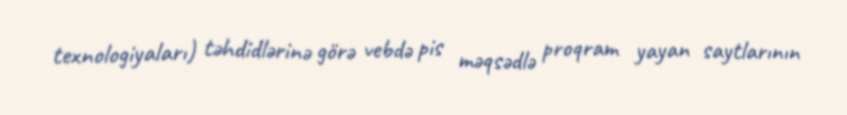
texnologiyaları) təhdidlərinə görə vebdə pis məqsədlə proqram yayan saytlarının